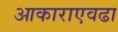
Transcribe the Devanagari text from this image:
आकाराएवढा